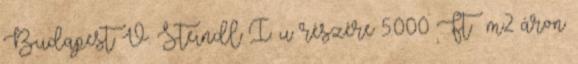
Budapest V. Steindl I. u. részére 5.000 Ft m2 áron